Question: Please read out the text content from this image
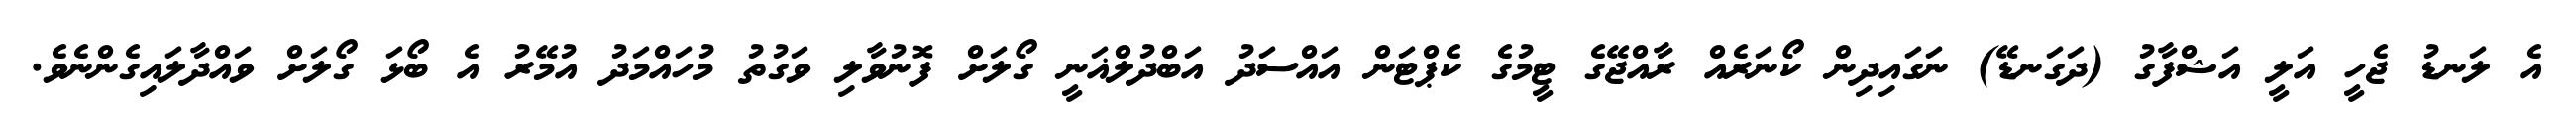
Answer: އެ ލަނޑު ޖެހީ އަލީ އަޝްފާގު (ދަގަނޑޭ) ނަގައިދިން ކޯނަރެއް ރާއްޖޭގެ ޓީމުގެ ކެޕްޓަން އައްސަދު އަބްދުލްޣަނީ ގޯލަށް ފޮނުވާލި ވަގުތު މުހައްމަދު އުމޭރު އެ ބޯޅަ ގޯލަށް ވައްދާލައިގެންނެވެ.